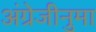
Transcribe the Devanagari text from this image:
अंग्रेजीनुमा